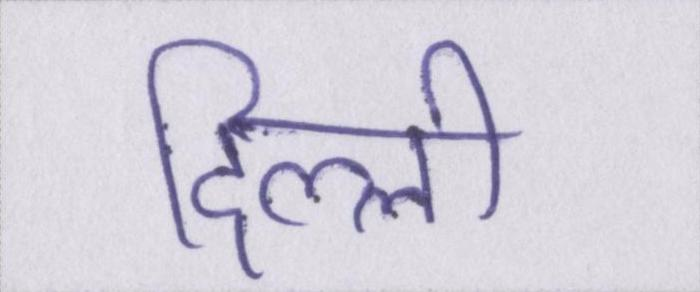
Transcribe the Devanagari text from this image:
दिल्ली